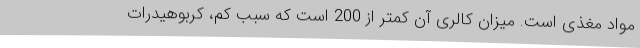
مواد مغذی است. میزان کالری آن کمتر از 200 است که سببِ کم، کربوهیدرات